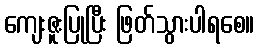
ကျေးဇူးပြုပြီး ဖြတ်သွားပါရစေ။